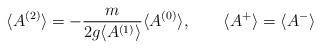
LaTeX: \begin{align*}\langle A^{(2)} \rangle = -\frac{m}{2g\langle A^{(1)} \rangle} \langle A^{(0)} \rangle, \qquad \langle A^{+} \rangle = \langle A^{-} \rangle\end{align*}